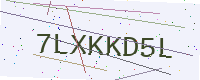
Text: 7LXKKD5L